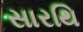
સારથિ